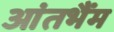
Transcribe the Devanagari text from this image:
आंतभैंम